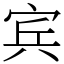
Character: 宾